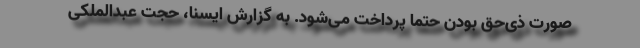
صورت ذی‌حق بودن حتماً پرداخت می‌شود. به گزارش ایسنا، حجت عبدالملکی